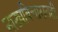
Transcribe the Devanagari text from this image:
नाट्यविचारातही